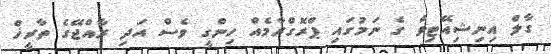
ގާލް އިނިޝިއޭޓިވް ގެ ނަމުގައި ޕްރޮގްރާމެއް ހިންގީ ވެސް އަދި ރާއްޖޭގެ ތާރީޚް